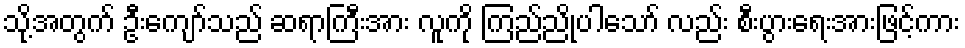
သို့အတွက် ဦးကျော်သည် ဆရာကြီးအား လူကို ကြည်ညိုပါသော် လည်း စီးပွားရေးအားဖြင့်ကား